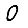
Digit: 0